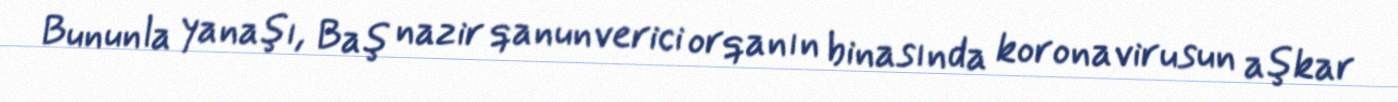
Bununla yanaşı, Baş nazir qanunverici orqanın binasında koronavirusun aşkar